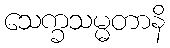
သေက္ခသမ္မတာနိ